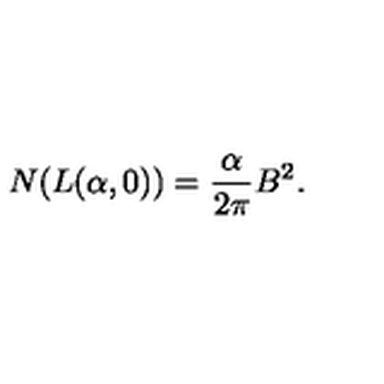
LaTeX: N ( L ( \alpha , 0 ) ) = \frac { \alpha } { 2 \pi } B ^ { 2 } .